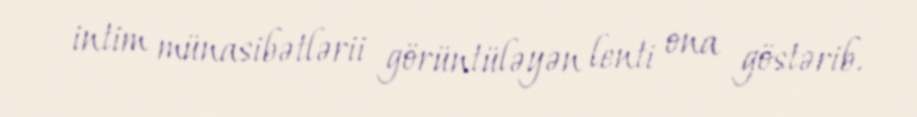
intim münasibətlərii görüntüləyən lenti ona göstərib.